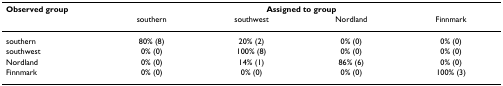
<table><thead><tr><td><b>Observed group</b></td><td colspan="4"><b>Assigned to group</b></td></tr><tr><td></td><td><b>southern</b></td><td><b>southwest</b></td><td><b>Nordland</b></td><td><b>Finnmark</b></td></tr></thead><tbody><tr><td>southern</td><td>80% (8)</td><td>20% (2)</td><td>0% (0)</td><td>0% (0)</td></tr><tr><td>southwest</td><td>0% (0)</td><td>100% (8)</td><td>0% (0)</td><td>0% (0)</td></tr><tr><td>Nordland</td><td>0% (0)</td><td>14% (1)</td><td>86% (6)</td><td>0% (0)</td></tr><tr><td>Finnmark</td><td>0% (0)</td><td>0% (0)</td><td>0% (0)</td><td>100% (3)</td></tr></tbody></table>